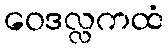
ဝေဒလ္လကထံ